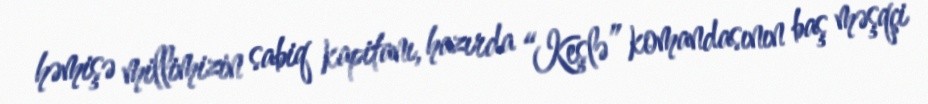
həmişə millimizin sabiq kapitanı, hazırda “Keşlə” komandasının baş məşqçi